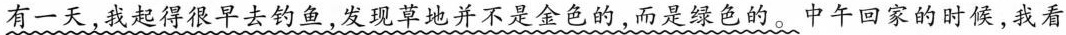
有一天，我起得很早去钓鱼，发现草地并不是金色的，而是绿色的。中午回家的时候，我看